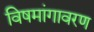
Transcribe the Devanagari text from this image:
विषमांगावरण